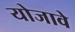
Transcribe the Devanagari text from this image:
योजावे